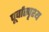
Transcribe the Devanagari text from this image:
पूर्वास्पृश्य